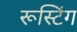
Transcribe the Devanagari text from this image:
रूस्टिंग